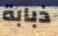
ذبابة